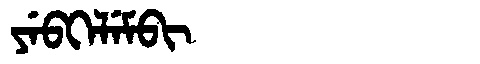
Manchu: ᠶᡝᠪᡴᡝᠯᡝᠮᠪᡳ
Romanization: YEBKELEMBI